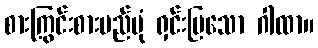
စားကြွင်းစားမည်ပုံ ရှင်းပြသော ဂါထာ။